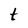
Character: t